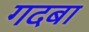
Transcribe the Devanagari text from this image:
गदबा